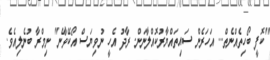
"ކޮފީ ބޯހިތެއްނެތް... އަހަރެން ސައިތައްޔާރުކޮއްލާނަން. ރާދު އެހީ ނުވިޔަސް އޯކޭވާނެ" ނިމްރާ ބުނެލިއެވެ.